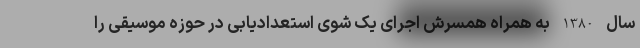
سال 1380 به همراه همسرش اجرای یک شوی استعدادیابی در حوزه موسیقی را